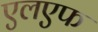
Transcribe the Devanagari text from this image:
एलएफ